Senior Leaving Certificate Examination (including Day School Certificate (Higher) General paper), 1950
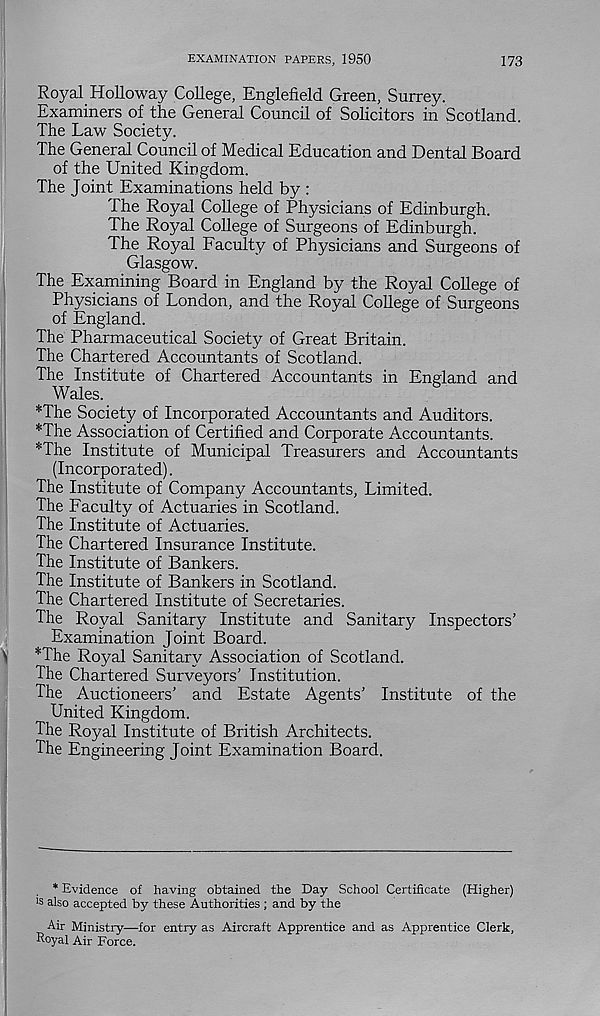
EXAMINATION PAPERS, 1950
173
Royal Holloway College, Englefield Green, Surrey.
Examiners of the General Council of Solicitors in Scotland.
The Law Society.
The General Council of Medical Education and Dental Board
of the United Kingdom.
The Joint Examinations held by :
The Royal College of Physicians of Edinburgh.
The Royal College of Surgeons of Edinburgh.
The Royal Faculty of Physicians and Surgeons of
Glasgow.
The Examining Board in England by the Royal College of
Physicians of London, and the Royal College of Surgeons
of England.
The Pharmaceutical Society of Great Britain.
The Chartered Accountants of Scotland.
The Institute of Chartered Accountants in England and
Wales.
*The Society of Incorporated Accountants and Auditors.
*The Association of Certified and Corporate Accountants.
*The Institute of Municipal Treasurers and Accountants
(Incorporated).
The Institute of Company Accountants, Limited.
The Faculty of Actuaries in Scotland.
The Institute of Actuaries.
The Chartered Insurance Institute.
The Institute of Bankers.
The Institute of Bankers in Scotland.
The Chartered Institute of Secretaries.
The Royal Sanitary Institute and Sanitary Inspectors’
Examination Joint Board.
*The Royal Sanitary Association of Scotland.
The Chartered Surveyors’ Institution.
The Auctioneers’ and Estate Agents’ Institute of the
United Kingdom.
The Royal Institute of British Architects.
The Engineering Joint Examination Board.
* Evidence of having obtained the Day School Certificate (Higher)
13 also accepted by these Authorities ; and by the
Air Ministry—for entry as Aircraft Apprentice and as Apprentice Clerk,
Royal Air Force.